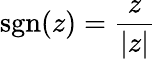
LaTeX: \operatorname{sgn}(z)={\frac{z}{|z|}}